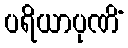
ပရိယာပုဏိံ